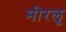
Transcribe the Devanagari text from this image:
मीरलू